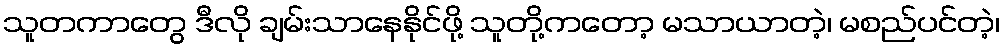
သူတကာတွေ ဒီလို ချမ်းသာနေနိုင်ဖို့ သူတို့ကတော့ မသာယာတဲ့၊ မစည်ပင်တဲ့၊